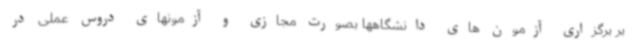
بر برگزاری آزمون های دانشگاهها بصورت مجازی و آزمونهای دروس عملی در